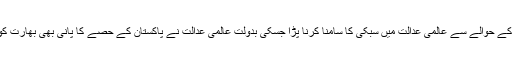
حالیہ چند سال میں پاکستان کو کشن گنگا ڈیم کے حوالے سے عالمی عدالت میں سبکی کا سامنا کرنا پڑا جسکی بدولت عالمی عدالت نے پاکستان کے حصے کا پانی بھی بھارت کو استعمال کرنے کی اجازت مرحمت فرمائی۔